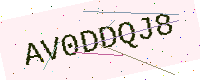
Text: AV0DDQJ8